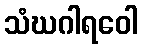
သံဃဂါရဝေါ